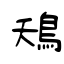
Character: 鴁